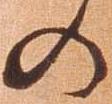
の